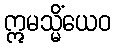
ဣမသ္မိံယေဝ